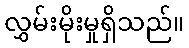
လွှမ်းမိုးမှုရှိသည်။